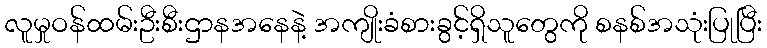
လူမှုဝန်ထမ်းဦးစီးဌာနအနေနဲ့ အကျိုးခံစားခွင့်ရှိသူတွေကို စနစ်အသုံးပြုပြီး